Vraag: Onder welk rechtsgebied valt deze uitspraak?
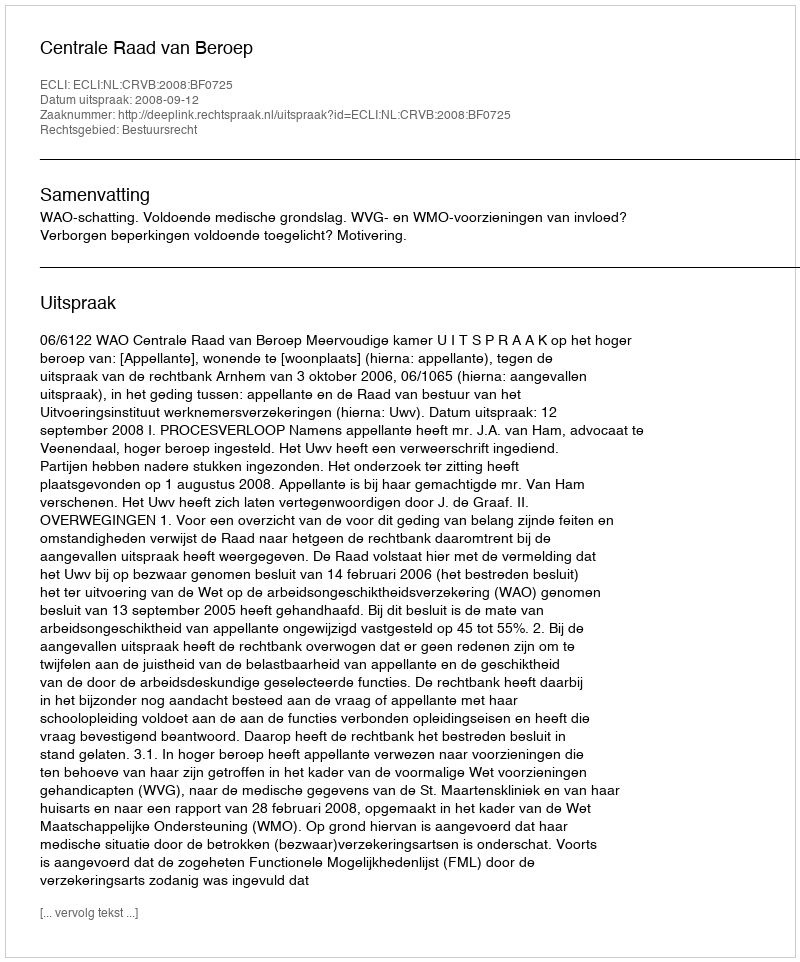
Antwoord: Bestuursrecht